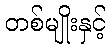
တစ်မျိုးနှင့်